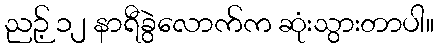
ညဉ့် ၁၂ နာရီခွဲလောက်က ဆုံးသွားတာပါ။